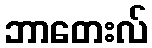
ဘာတေးလ်